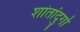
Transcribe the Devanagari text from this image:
शांतांदुर्गा